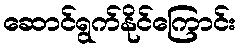
ဆောင်ရွက်နိုင်ကြောင်း